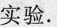
实验.